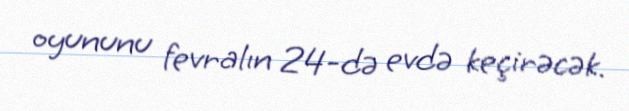
oyununu fevralın 24-də evdə keçirəcək.